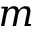
m